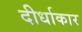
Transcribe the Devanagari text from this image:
दीर्धाकार